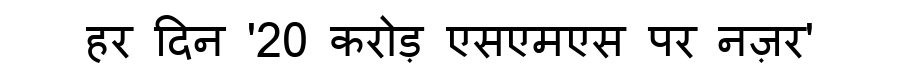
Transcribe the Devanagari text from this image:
हर दिन '20 करोड़ एसएमएस पर नज़र'